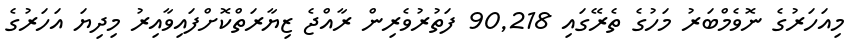
މިއަހަރުގެ ނޮވެމްބަރު މަހުގެ ތެރޭގައި 90